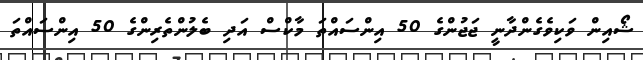
ޝޯއިން ވަކިވެގެންދާނީ ޖަޖުންގެ 50 އިންސައްތަ މާކްސް އަދި ބެލުންތެރިންގެ 50 އިންސައްތަ